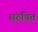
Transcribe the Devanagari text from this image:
संरुपित